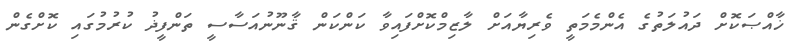
ޚާއްޞަކޮށް ދައުލަތުގެ އެންމެމަތީ ވެރިޔާއަށް ލާޒިމްކޮށްފައިވާ ކަންކަން ޤާނޫނުއަސާސީ ތަންފީޛު ކުރުމުގައި ކޮށްގެން